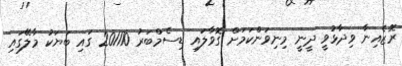
ރޮޒެއިނާ ވިދާޅުވީ ދީނީ މިނިވަންކަމަށް ގޮވާލައި ޑިސެމްބަރު 201110 ގައި ބަޔަކު މާލޭގައި